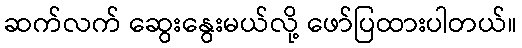
ဆက်လက် ဆွေးနွေးမယ်လို့ ဖော်ပြထားပါတယ်။